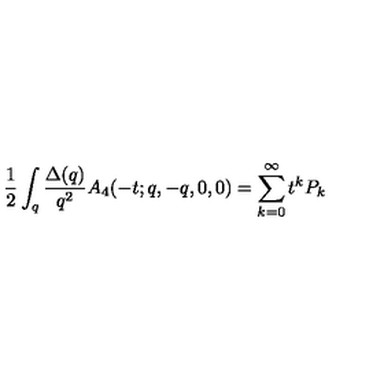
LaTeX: \frac { 1 } { 2 } \int _ { q } \frac { \Delta ( q ) } { q ^ { 2 } } A _ { 4 } ( - t ; q , - q , 0 , 0 ) = \sum _ { k = 0 } ^ { \infty } t ^ { k } P _ { k }